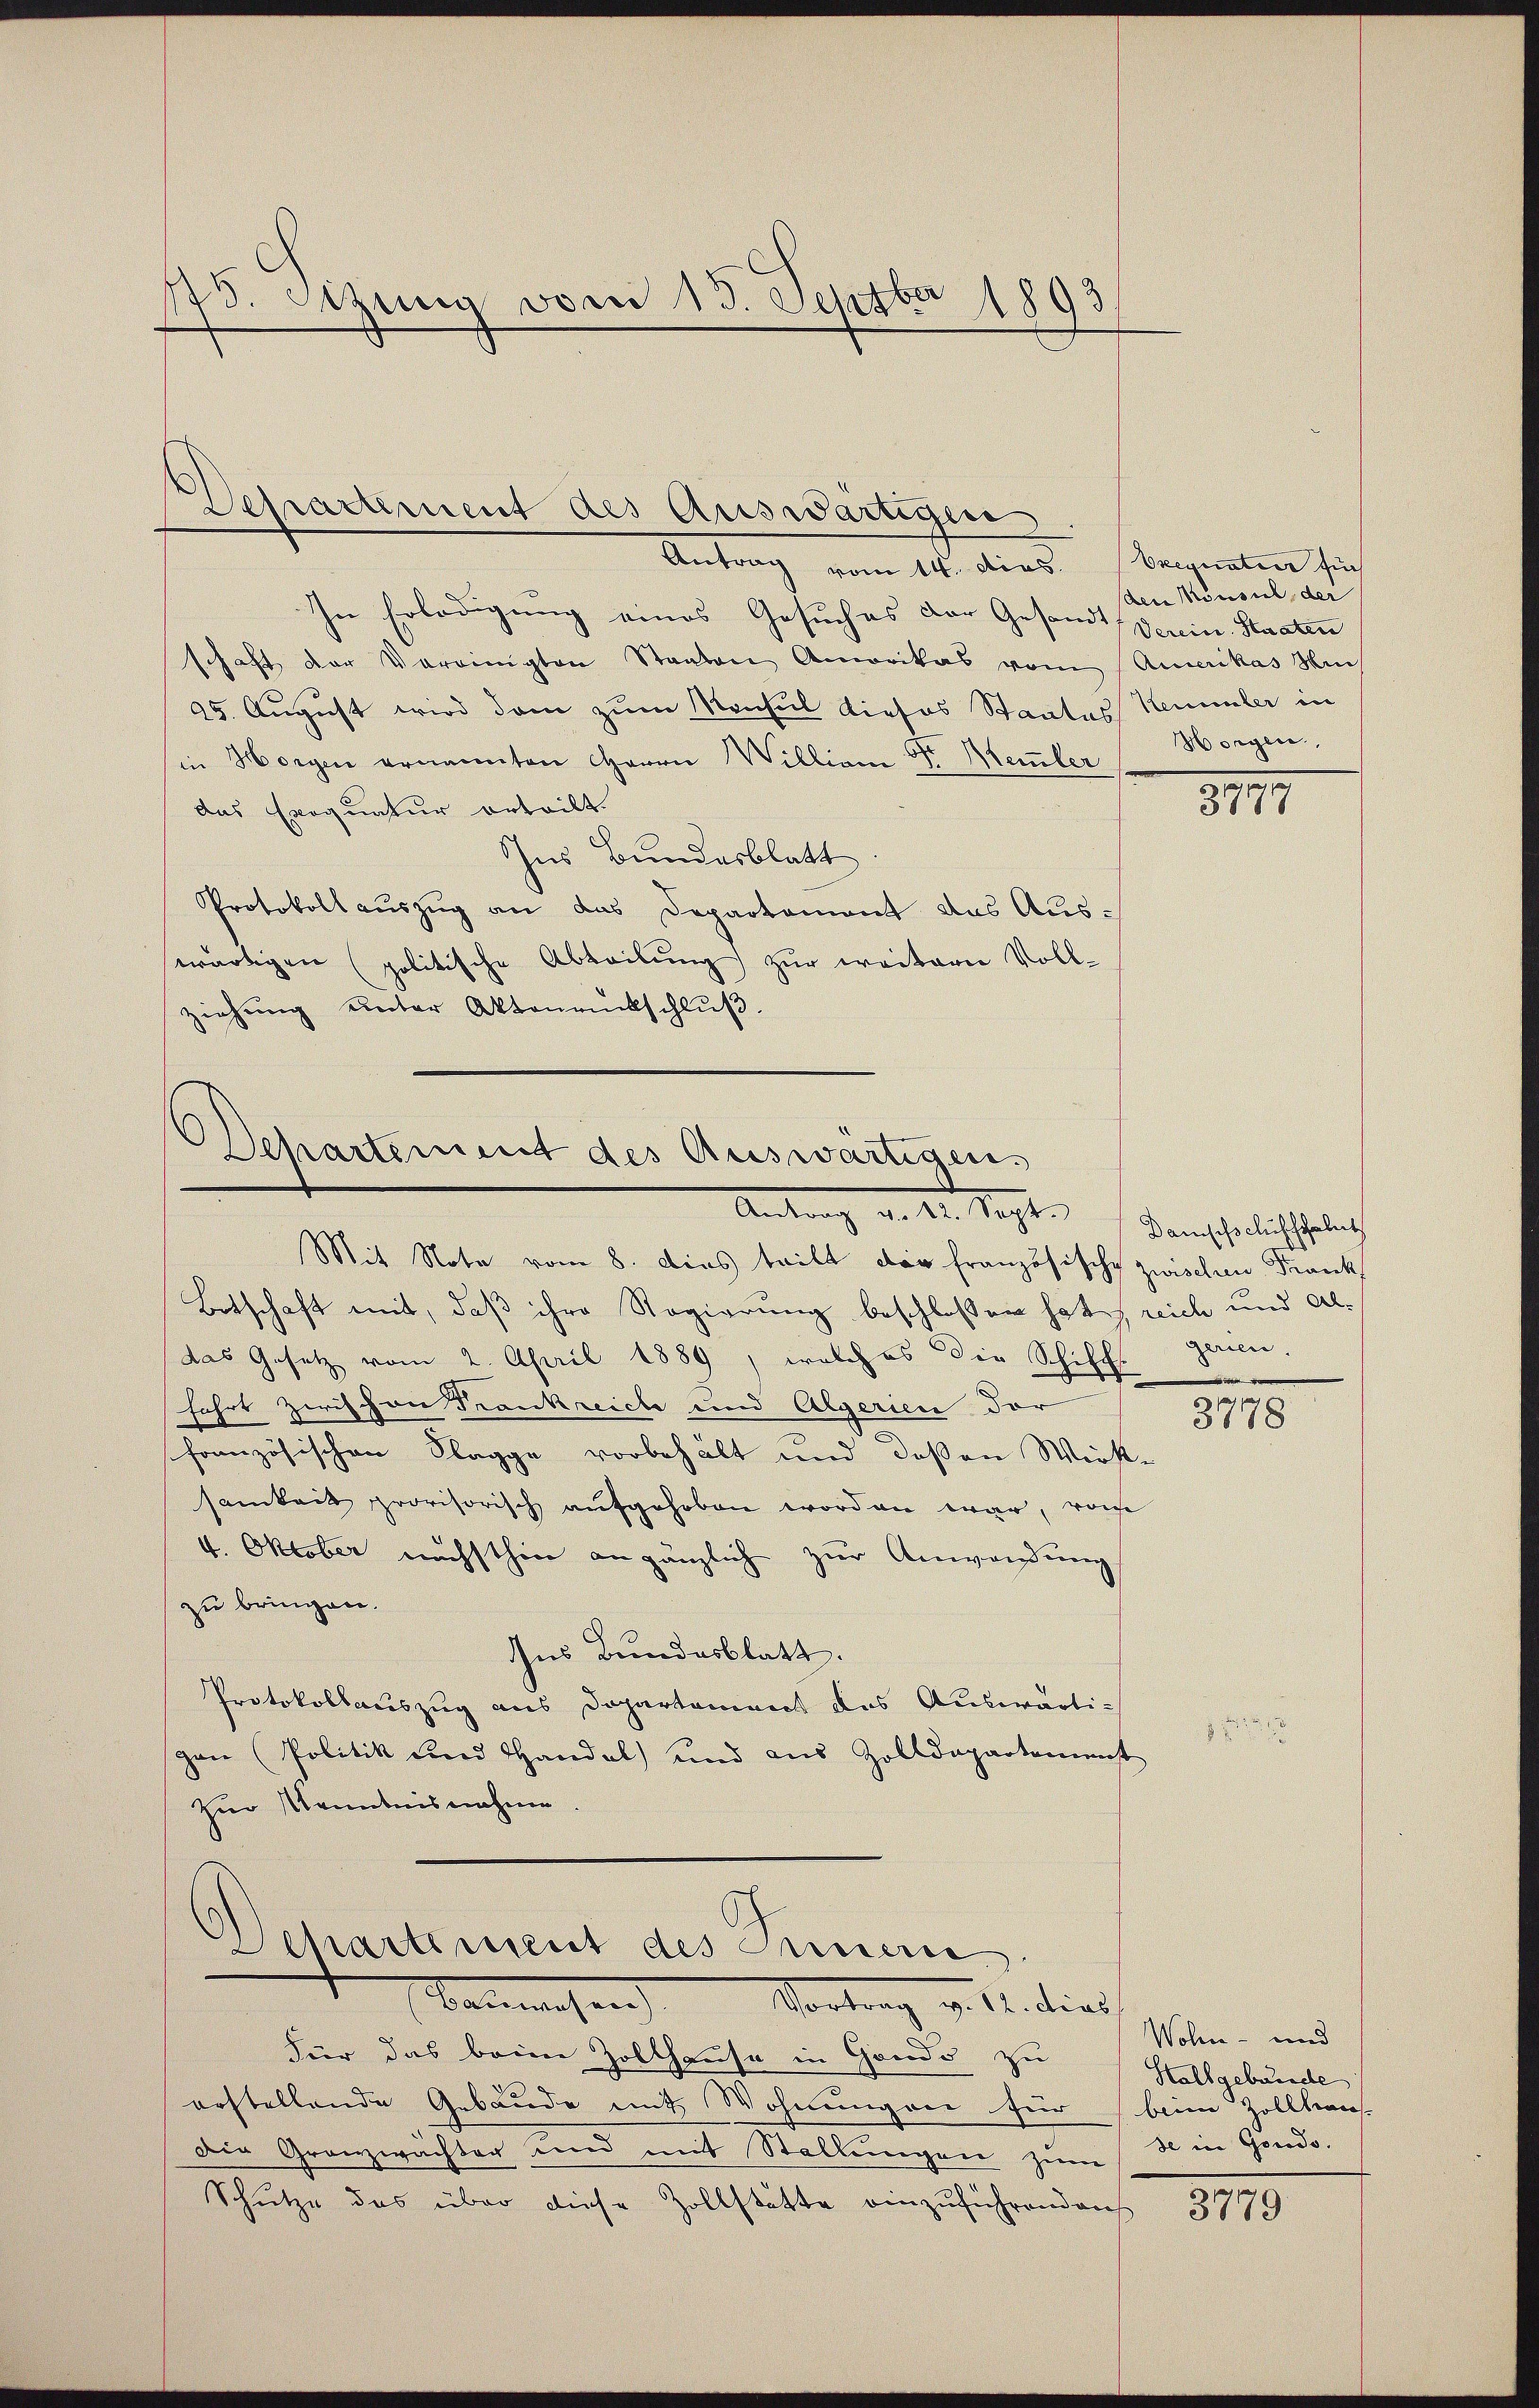
Antrag vom 14. dies. Beignation sich
In Erledigung eines Gesuches der Gesandt, Verein Staaten
schaft der Vereinigten Staaten Amerikas vom Amerikas Hin
25. August wird dem zum Monsul dieses Staates Kemmler in
in Horgen ernannten Herrn Willian Sr. Memler
das Exequatur erteilt.
Ins Bundesblatt
Protokoll auszug an das Departement das Ausswärtigen politische Abteilung) zur weitern Vollziehung unter Aktenrückschluß.

15. Sizung vom 15. Septber 1803.

Separtement des Auswärtigen

Departement des Auswärtigens
Antrag an der Rechte Benehelich ehelich

Mit Note vom 8. Dies tritt der französische zwischen Frank
Botschaft mit, daß ihre Regierung beschloßen hat, reich und aldas Gesetz vom 2. April 1889, welches die Schiff gerien.
fahrt zwischen Trankreiche und Algerien der
französischen Klagge vorbehält und deßen Wirste
samkeit provisorisch aufgehoben worden war, wose
4. Oktober nächsthin an gänzlich zur Anwendung
zu bringen.
Ins Bundesblatt.
Protokollauszug aus Departement des Auswärtigen (Politik und Handel) und aus Zolldepartement
Zur Kenntnisnahme.
Schartiment des Timern
Banwesen. Vortrag v. 12. dies
Für das beim Zollhause in Gando zu
erstellende Gebäude mit Wohnungen für beim Zollhaus-
Die Granzwächter und mit Stellungen zum Sein Gondo.
Schutze das über diese Zollstätte einzuführendens

(den Konsul der
Horgen,

1
3771

3778

Wohn- und
Halbgebunde

819